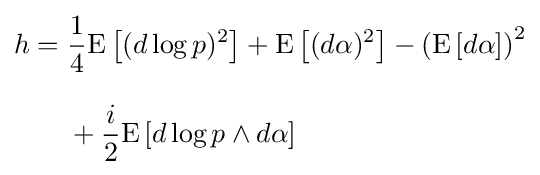
{\begin{aligned}h={}&{\frac {1}{4}}\mathrm {E} \left[(d\log p)^{2}\right]+\mathrm {E} \left[(d\alpha )^{2}\right]-\left(\mathrm {E} \left[d\alpha \right]\right)^{2}\\[8pt]{}&+{\frac {i}{2}}\mathrm {E} \left[d\log p\wedge d\alpha \right]\end{aligned}}